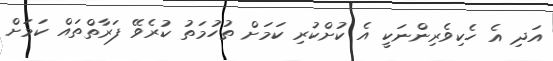
އަދި އެ ހެކިވެރިންނަކީ އެ ކުށްކުރި ކަމަށް ތުހުމަތު ކުރެވޭ ފަރާތްތައް ކަމަށް